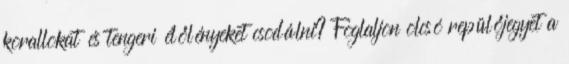
korallokat és tengeri élőlényeket csodálni? Foglaljon olcsó repülőjegyet a